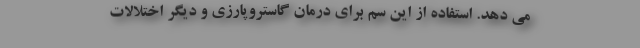
می دهد. استفاده از این سم برای درمان گاستروپارزی و دیگر اختلالات